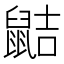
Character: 𪕖